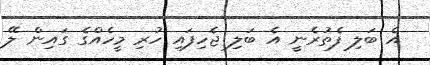
އެ ބަލި ފެތުރެނީ އެ ބަލި ޖެހިފައި ހުރި މީހެއްގެ ގައިން ލޭ